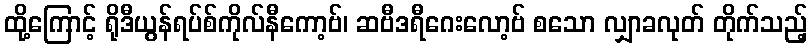
ထို့ကြောင့် ရိုဒီယွန်ရပ်စ်ကိုလ်နီကော့ဗ်၊ ဆဗီဒရီဂေးလော့ဗ် စသော လျှာခလုတ် တိုက်သည့်